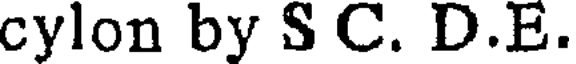
cylon by S C. D.E.